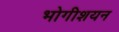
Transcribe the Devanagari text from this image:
भोगीशयन